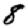
Digit: 8